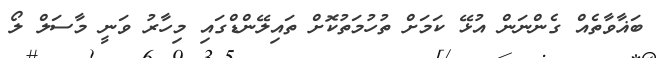
ބަޣާވާތެއް ގެންނަން އުޅޭ ކަމަށް ތުހުމަތުކޮށް ތައިލޭންޑްގައި މިހާރު ވަނީ މާސަލް ލޯ